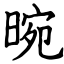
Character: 晼